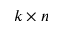
k \times n